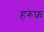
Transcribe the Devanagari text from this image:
हरुफ़